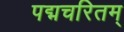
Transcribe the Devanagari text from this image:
पद्मचरितम्